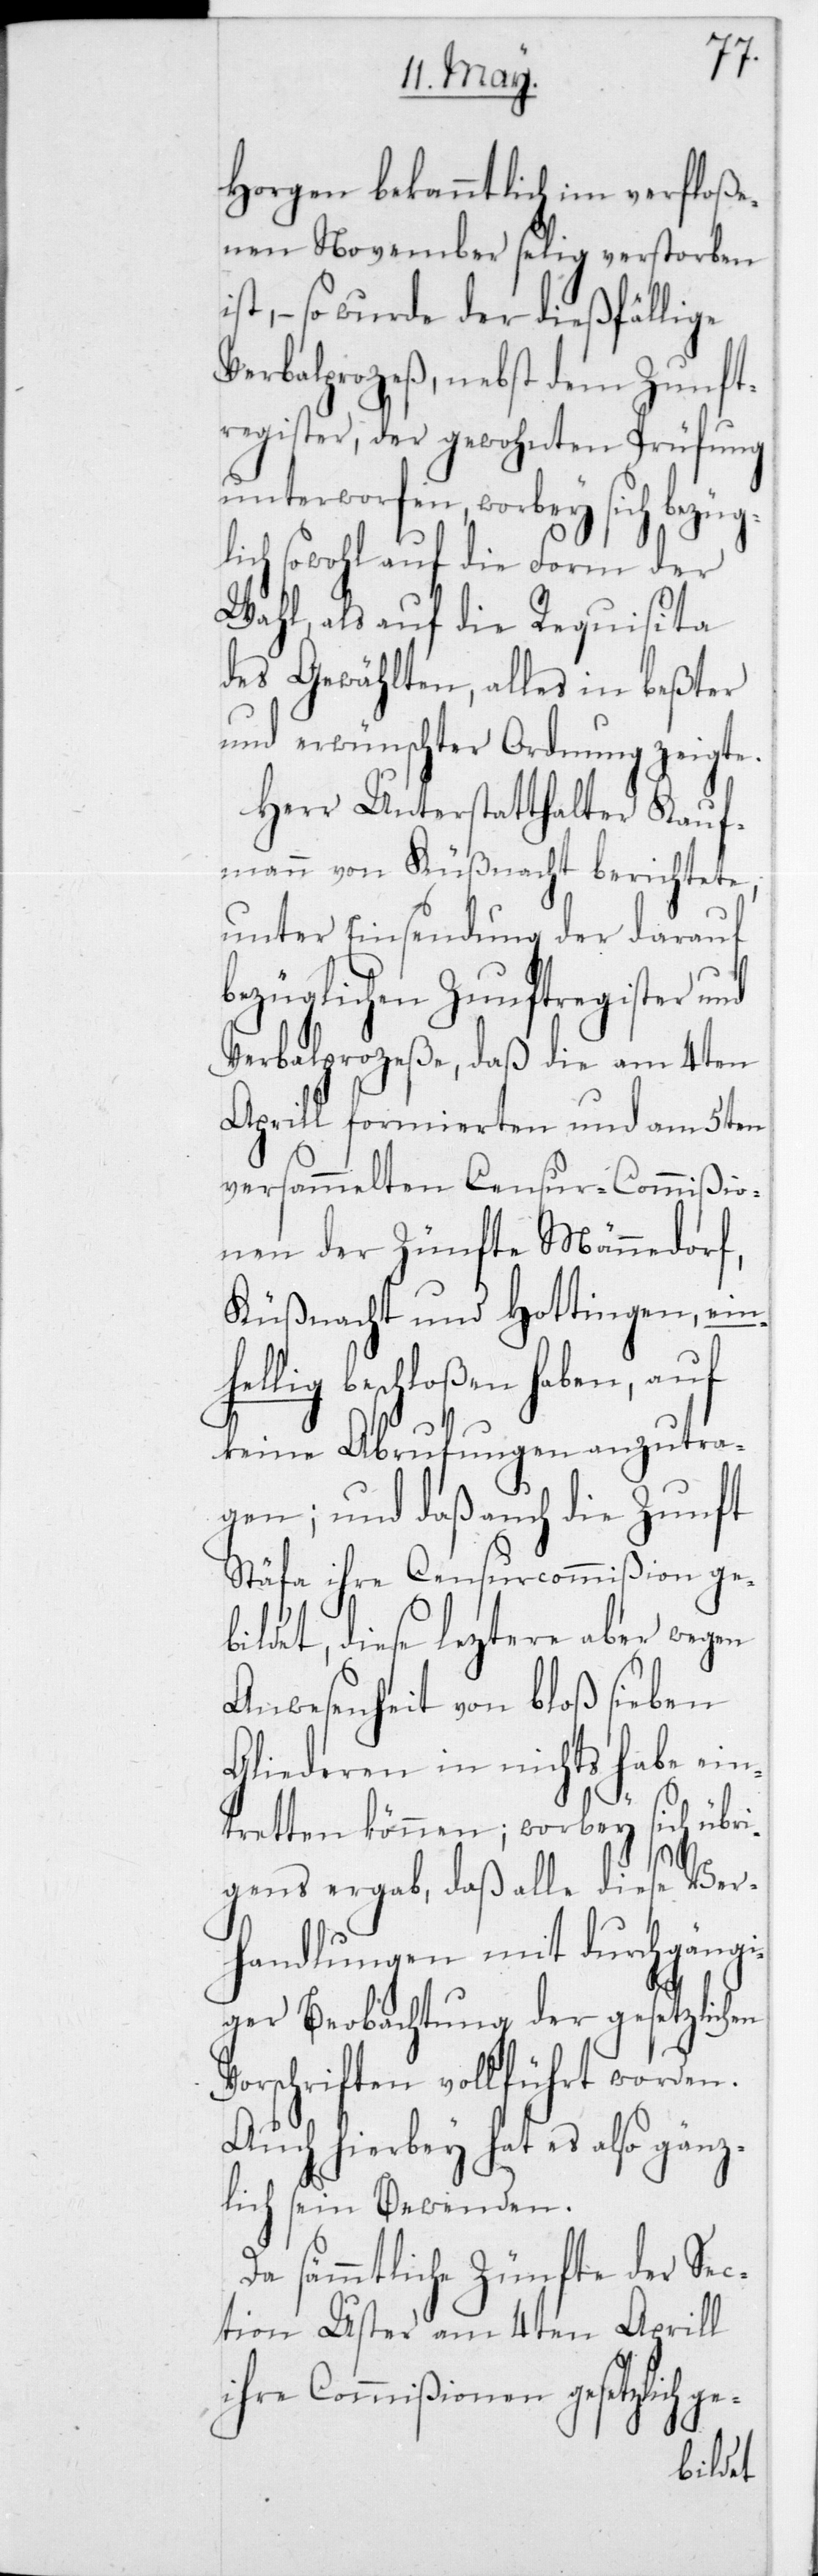
Horgen bekanntlich im verfloße¬
nen November selig verstorben
ist, – so wurde der dießfällige
Verbalprozeß, nebst dem Zunft¬
register, der gewohnten Prüfung
unterworfen, worbey sich bezüg¬
lich sowohl auf die Form der
Wahl, als auf die Requisita
des Gewählten, alles in beßter
und erwünschter Ordnung zeigte.
Herr Unterstatthalter Kauf¬
mann von Küßnacht berichtete,
unter Einsendung der darauf
bezüglichen Zunftregister und
Verbalprozeße, daß die am 4ten
April formierten und am 5ten
versammelten Censur-Commißio¬
nen der Zünfte Männedorf,
Küßnacht und Hottingen, ein¬
lig beschloßen haben, auf
keine Abrufungen anzutra¬
gen; und daß auch die Zunft
Stäfa ihre Censurcommißion ge¬
bildet, diese leztere aber wegen
Anwesenheit von bloß sieben
Gliederen in nichts habe ein¬
tretten können; worbey sich übr¬
Ver¬
gens ergab, daß alle diese
handlungen mit durchgängi¬
ll
ger Beobachtung der g¬
Vorschriften vollführt worden.
Auch hierbey hat es also gänz¬
lich sein Bewenden.
Da sämmtliche Zünfte der Sec¬
tion Uster am 4ten Apri¬
ihre Commißionen gesetzlich